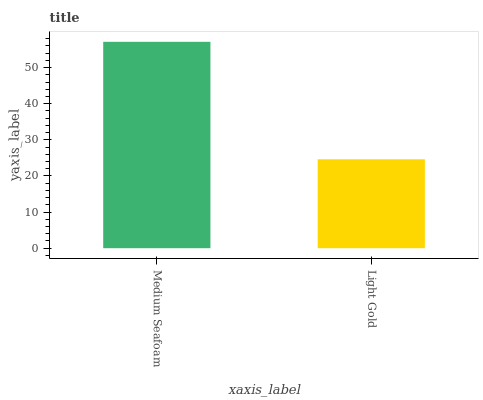
| xaxis_label | bars |
 | --- | --- |
 | Medium Seafoam | 57.1 |
 | Light Gold | 24.6 |